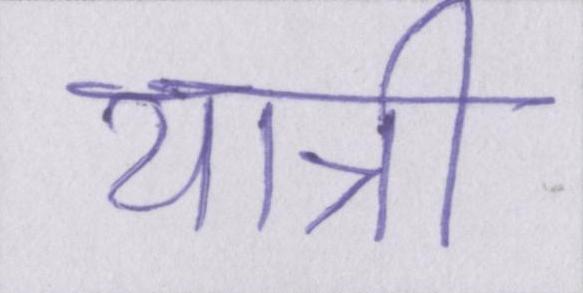
यात्री